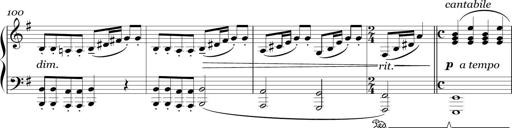
Title: Sonatina in E minor
Composer: Shuwen Zhang
Key: E minor